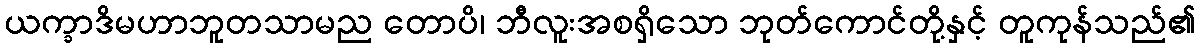
ယက္ခာဒိမဟာဘူတသာမည တောပိ၊ ဘီလူးအစရှိသော ဘုတ်ကောင်တို့နှင့် တူကုန်သည်၏